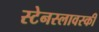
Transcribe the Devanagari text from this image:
स्टेनस्लावस्की